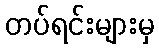
တပ်ရင်းများမှ